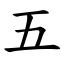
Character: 五